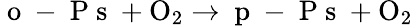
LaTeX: \mathrm{\mathrm{~o~-~P~s~}+O_{2}\to\mathrm{~p~-~P~s~}+O_{2}}